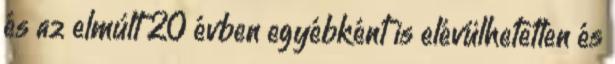
és az elmúlt 20 évben egyébként is elévülhetetlen és